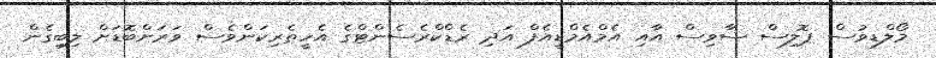
މޯލްޑިވުސް ޕޮލިސް ސާވިސް އާއި އެމްއެމްޑީއެފް އަދި ރެޑްކްރެސެންޓްގެ އެހީތެރިކަންވެސް ވަރަށްބޮޑަށް ލިބިގެން